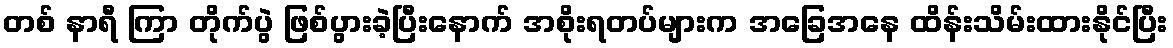
တစ် နာရီ ကြာ တိုက်ပွဲ ဖြစ်ပွားခဲ့ပြီးနောက် အစိုးရတပ်များက အခြေအနေ ထိန်းသိမ်းထားနိုင်ပြီး